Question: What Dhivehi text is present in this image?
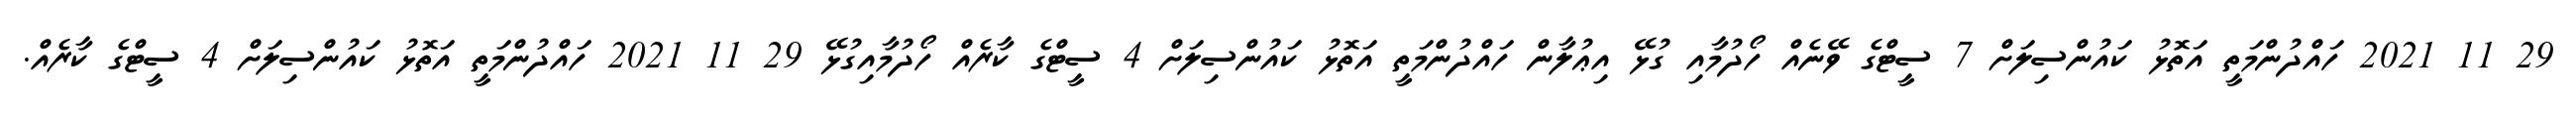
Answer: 29 11 2021 ހައްދުންމަތީ އަތޮޅު ކައުންސިލަށް 7 ސީޓްގެ ވޭނެއް ހޯދުމާއި ގުޅޭ އިޢުލާން ހައްދުންމަތީ އަތޮޅު ކައުންސިލަށް 4 ސީޓްގެ ކާރެއް ހޯދުމާއިގުޅޭ 29 11 2021 ހައްދުންމަތީ އަތޮޅު ކައުންސިލަށް 4 ސީޓްގެ ކާރެއް.